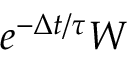
e ^ { - \Delta t / \tau } \boldsymbol { W }